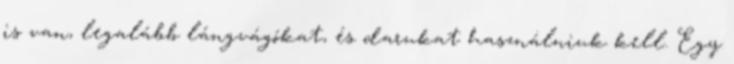
is van, legalább lángvágókat, és darukat használniuk kell. Egy